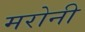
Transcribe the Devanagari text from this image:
मरोनी